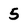
Character: 5